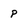
Character: p